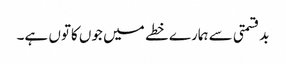
بدقسمتی سے ہمارے خطے میں جوں کاتوں ہے۔